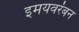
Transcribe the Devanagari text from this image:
इमयवरंबन